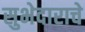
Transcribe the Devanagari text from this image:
सुभेदाराचे